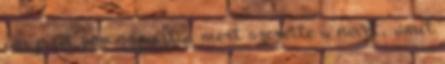
ám picit sem sajnálta, mert szerette a nevét, amit